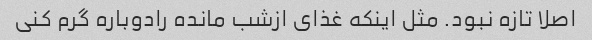
اصلا تازه نبود. مثل اینکه غذای ازشب مانده رادوباره گرم کنی